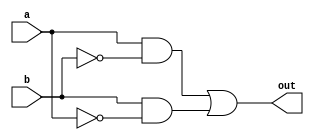
module xor1(out,a,b);
input a,b;
output out;
wire abar,bbar,t1,t2;
not inA(abar,a);
not inB(bbar,b);
and and1(t1,a,bbar);
and and2(t2,b,abar);
or or1(out,t1,t2);
endmodule